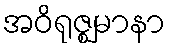
အဝိရုဇ္ဈမာနာ